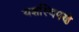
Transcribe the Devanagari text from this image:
यशस्विपणे